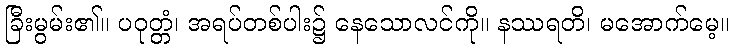
ခြီးမွမ်း၏။ ပဝုတ္တံ၊ အရပ်တစ်ပါး၌ နေသောလင်ကို။ နဿရတိ၊ မအောက်မေ့။